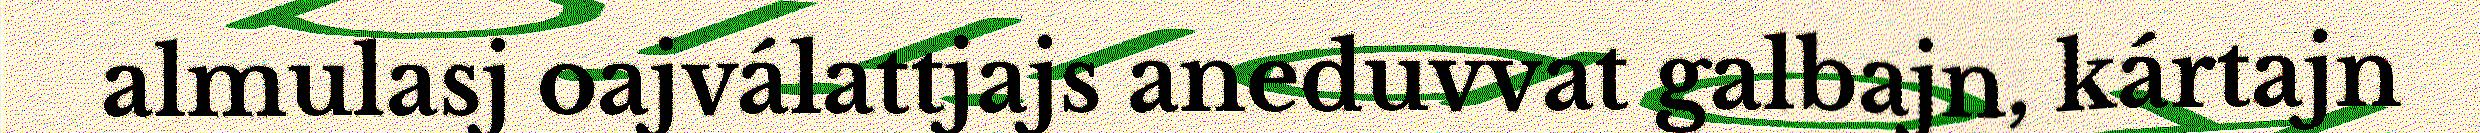
almulasj oajválattjajs aneduvvat galbajn, kártajn